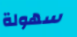
سهولة